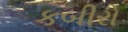
કબીરો